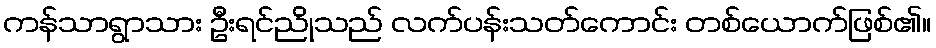
ကန်သာရွာသား ဦးရင်ညိုသည် လက်ပန်းသတ်ကောင်း တစ်ယောက်ဖြစ်၏။